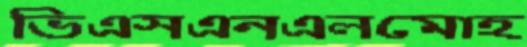
ভিএসএনএলমোহ